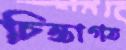
চিন্তাগত